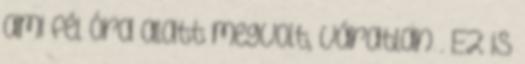
ami fél óra alatt megvolt, váratlan . Ez is